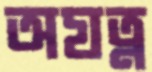
অযত্ন